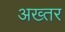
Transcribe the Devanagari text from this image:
अख्‍तर